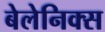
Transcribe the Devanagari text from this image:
बेलेनिक्स